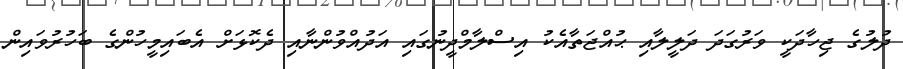
ދުލުގެ ޖިހާދަކީ ވަރުގަދަ ދަލީލާއި ޙުއްޖަތާއެކު އިސްލާމްދީނުގައި އަދުއްވުންނާއި ދެކޮޅަށް އެބައިމީހުންގެ ބަހުރުވައިން